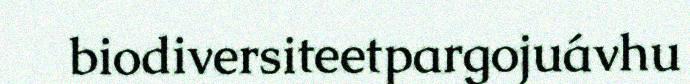
biodiversiteetpargojuávhu